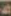
الله